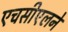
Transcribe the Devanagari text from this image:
एचसीएलने